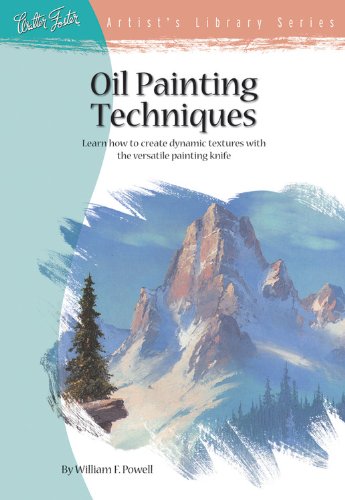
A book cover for Oil Painting Techniques: Learn How to Create Dynamic Textures with the Versatile Painting Knife (Artist's Library Series, AL23); William F. Powell; Arts & Photography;